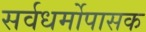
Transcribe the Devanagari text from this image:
सर्वधर्मोपासक